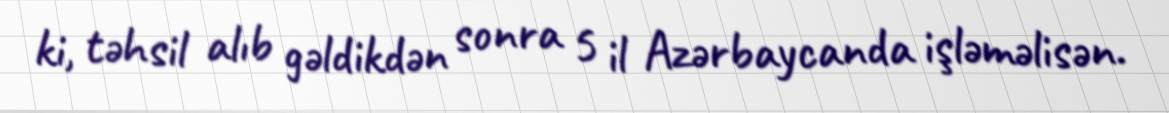
ki, təhsil alıb gəldikdən sonra 5 il Azərbaycanda işləməlisən.